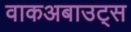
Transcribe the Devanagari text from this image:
वाकअबाउट्स